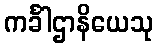
ကင်္ခါဌာနိယေသု